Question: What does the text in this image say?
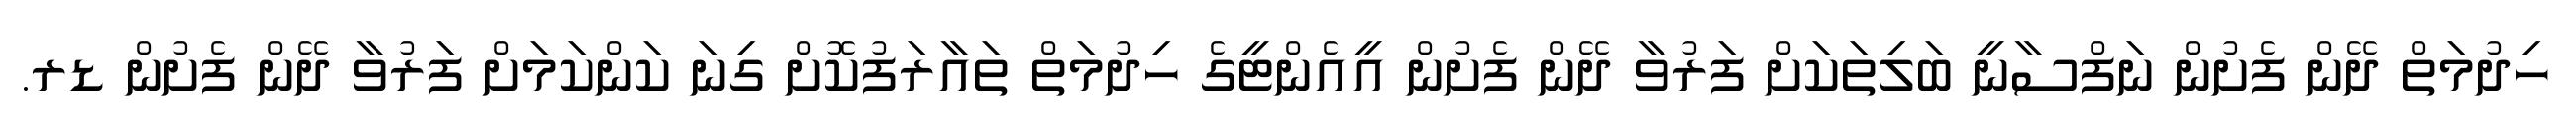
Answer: ހިދުމަތް ދޭން ފެށުން ނަފްސާނީ ބަލިތަކަށް ފަރުވާ ދޭން ފެށުން އީއެންޓީގެ ހިދުމަތް ތައާރަފުކޮށް ގިނަ ކަންކަމަށް ފަރުވާ ދޭން ފެށުން ޑރ.